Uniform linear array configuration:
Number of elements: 8
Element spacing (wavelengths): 1
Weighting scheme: blackman
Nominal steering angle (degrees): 30
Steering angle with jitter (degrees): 28.232
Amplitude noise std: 0.05
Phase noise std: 0.05

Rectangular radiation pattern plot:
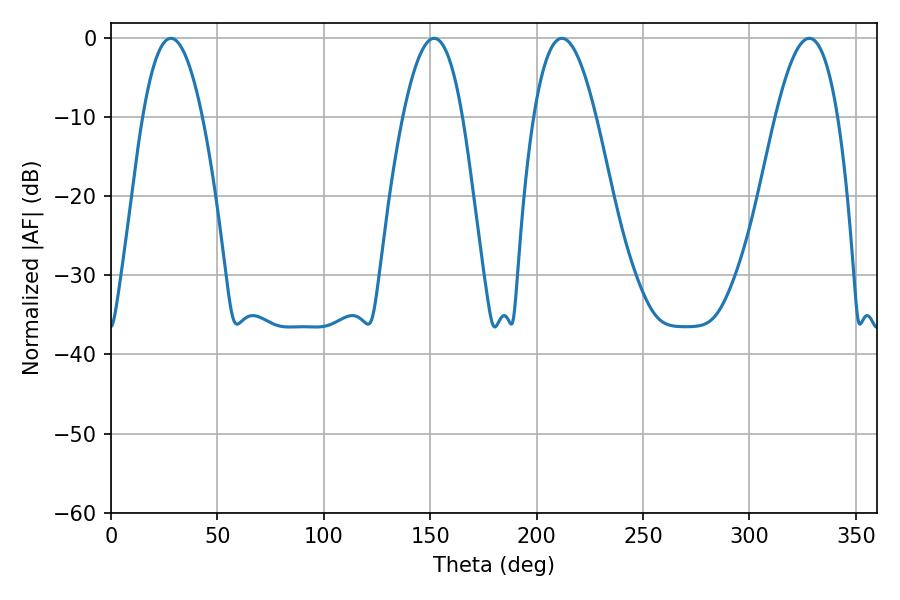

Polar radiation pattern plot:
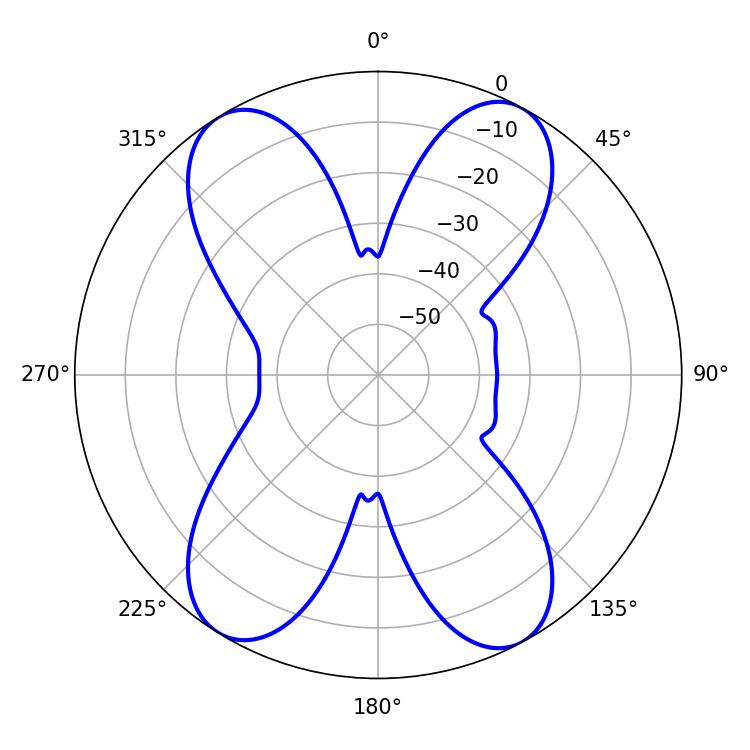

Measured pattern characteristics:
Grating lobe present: TRUE
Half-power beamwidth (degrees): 16.02
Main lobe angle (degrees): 328.14